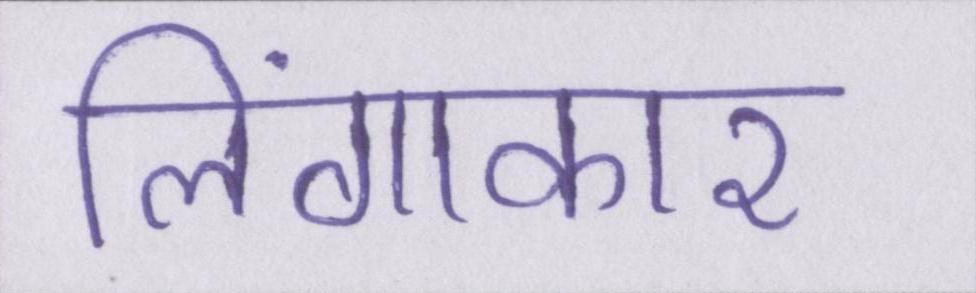
लिंगाकार